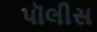
પૉલીસ